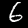
Digit: 6